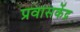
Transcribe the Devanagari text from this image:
प्रवासकेंद्र